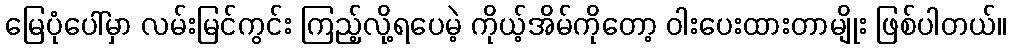
မြေပုံပေါ်မှာ လမ်းမြင်ကွင်း ကြည့်လို့ရပေမဲ့ ကိုယ့်အိမ်ကိုတော့ ဝါးပေးထားတာမျိုး ဖြစ်ပါတယ်။